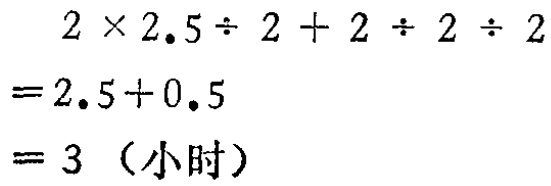
\[
\begin{align*}
&2\times2.5\div2 + 2\div2\div2\\
=&2.5 + 0.5\\
=&3 \text{（小时）}
\end{align*}
\]